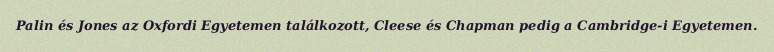
Palin és Jones az Oxfordi Egyetemen találkozott, Cleese és Chapman pedig a Cambridge-i Egyetemen.